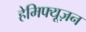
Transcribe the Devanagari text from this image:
हेमिफ्यूज़न